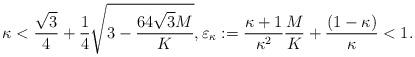
LaTeX: \begin{align*}\kappa < \frac{\sqrt{3}}{4} + \frac{1}{4}\sqrt{3 - \frac{64\sqrt{3}M}{K}}, \varepsilon_{\kappa} :=\frac{\kappa +1}{\kappa^{2}}\frac{M}{K}+\frac{(1-\kappa)}{\kappa} <1.\end{align*}